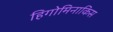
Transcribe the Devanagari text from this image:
हिगोमिनाकिस